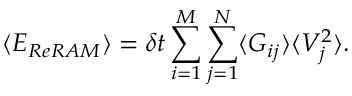
\langle E _ { R e R A M } \rangle = \delta t \sum _ { i = 1 } ^ { M } \sum _ { j = 1 } ^ { N } \langle G _ { i j } \rangle \langle V _ { j } ^ { 2 } \rangle .